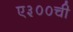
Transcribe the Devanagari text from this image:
ए३००ची